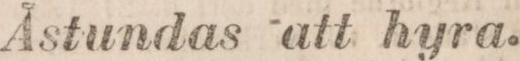
Åstundas att hyra.